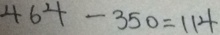
4 6 4 - 3 5 0 = 1 1 4